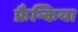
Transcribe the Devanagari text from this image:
फ्रैन्किया